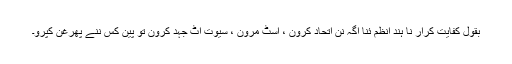
بقول کفایت کرار نا ہند انظم ئنا اگہ نن اتحاد کرون ، اسٹ مرون ، سیوت اٹ جہد کرون تو پین کس ننے پھرغن کپرو۔